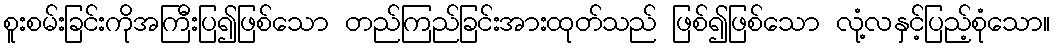
စူးစမ်းခြင်းကိုအကြီးပြ၍ဖြစ်သော တည်ကြည်ခြင်းအားထုတ်သည် ဖြစ်၍ဖြစ်သော လုံ့လနှင့်ပြည့်စုံသော။